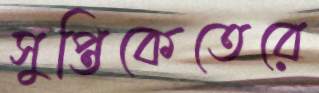
সুপ্তিকেতেরে